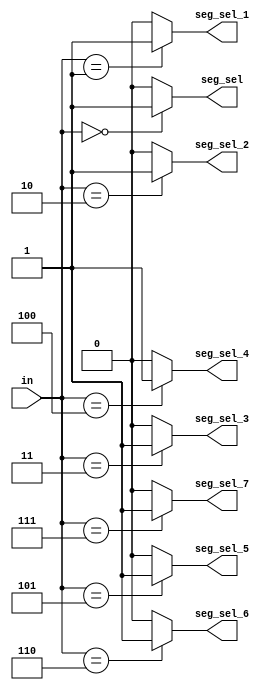
module SEG_SEL(in,seg_sel,seg_sel_1,seg_sel_2,seg_sel_3,seg_sel_4,seg_sel_5,seg_sel_6,seg_sel_7);
	input [2:0]in;
	output seg_sel,seg_sel_1,seg_sel_2,seg_sel_3,seg_sel_4,seg_sel_5,seg_sel_6,seg_sel_7;
	
	assign seg_sel=(in==3'b000)? 1'b1:1'b0;
	assign seg_sel_1=(in==3'b001)? 1'b1:1'b0;
	assign seg_sel_2=(in==3'b010)? 1'b1:1'b0;
	assign seg_sel_3=(in==3'b011)? 1'b1:1'b0;
	assign seg_sel_4=(in==3'b100)? 1'b1:1'b0;
	assign seg_sel_5=(in==3'b101)? 1'b1:1'b0;
	assign seg_sel_6=(in==3'b110)? 1'b1:1'b0;
	assign seg_sel_7=(in==3'b111)? 1'b1:1'b0;
endmodule